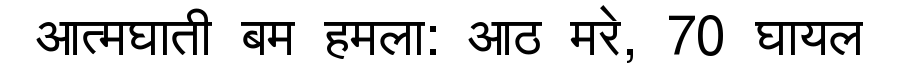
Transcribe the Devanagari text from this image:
आत्मघाती बम हमला: आठ मरे, 70 घायल